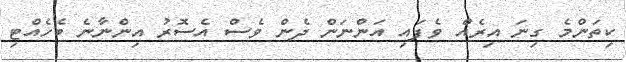
ކިތަންމެ ގިނަ އިރެއް ވެފައި އަންނަން ދެން ވެސް އެސޮރު އިންނާނެ ބެހެއްޓި